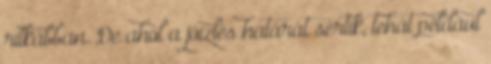
ritkábban. De ahol a jóízlés határát sértik, tehát például